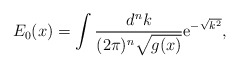
\begin{align*}E_0(x) = \int\frac{d^nk}{(2\pi)^n\sqrt{g(x)}} {\rm e}^{-\sqrt{k^2}},\end{align*}